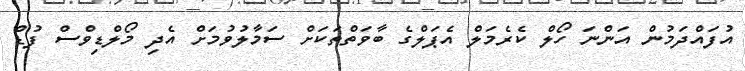
އުފައްދަމުން އަންނަ ހޯލް ކެރެމަލް އެޕަލްގެ ބާވަތްތަކަށް ސަމާލުވުމަށް އެދި މޯލްޑިވްސް ފުޑް